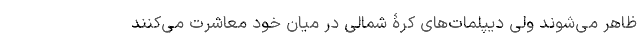
ظاهر می­شوند ولی دیپلمات­های کرۀ شمالی در میان خود معاشرت می­کنند